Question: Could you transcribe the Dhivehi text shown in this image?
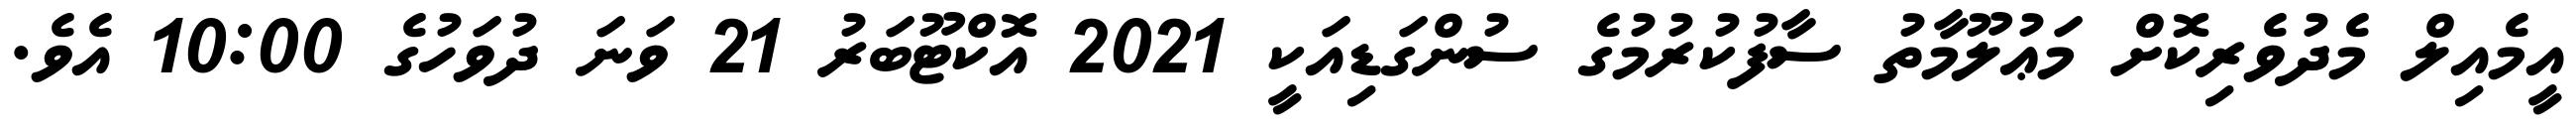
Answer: އީމެއިލް މެދުވެރިކޮށް މަޢުލޫމާތު ސާފުކުރުމުގެ ސުންގަޑިއަކީ 2021 އޮކްޓޫބަރު 21 ވަނަ ދުވަހުގެ 10:00 އެވެ.